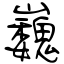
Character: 巍